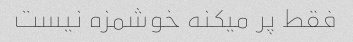
فقط پر میکنه خوشمزه نیست